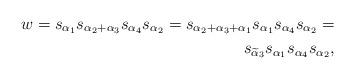
LaTeX: \begin{align*} w = s_{\alpha_1}s_{\alpha_2 + \alpha_3}s_{\alpha_4}s_{\alpha_2} = s_{\alpha_2 + \alpha_3 + \alpha_1}s_{\alpha_1}s_{\alpha_4}s_{\alpha_2} = \\ s_{\widetilde\alpha_3}s_{\alpha_1}s_{\alpha_4}s_{\alpha_2},\end{align*}